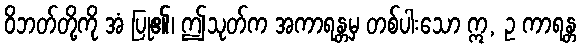
ဝိဘတ်တို့ကို အံ ပြု၏၊ ဤသုတ်က အကာရန္တမှ တစ်ပါးသော ဣ, ဥ ကာရန္တ